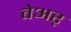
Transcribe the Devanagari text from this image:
वेअर्